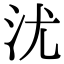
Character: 沋